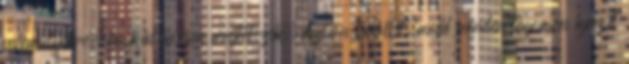
valamelyikre, ha különösen megtetszik. Aztán beállít,majd minden tagomon igazít